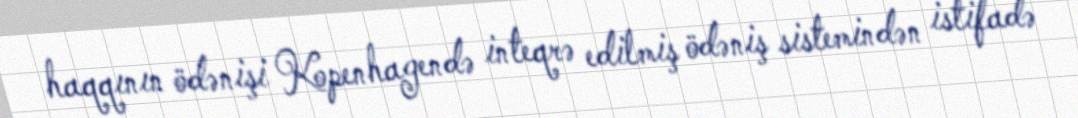
haqqının ödənişi Kopenhagendə inteqrə edilmiş ödəniş sistemindən istifadə